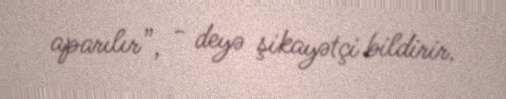
aparılır”, - deyə şikayətçi bildirir.